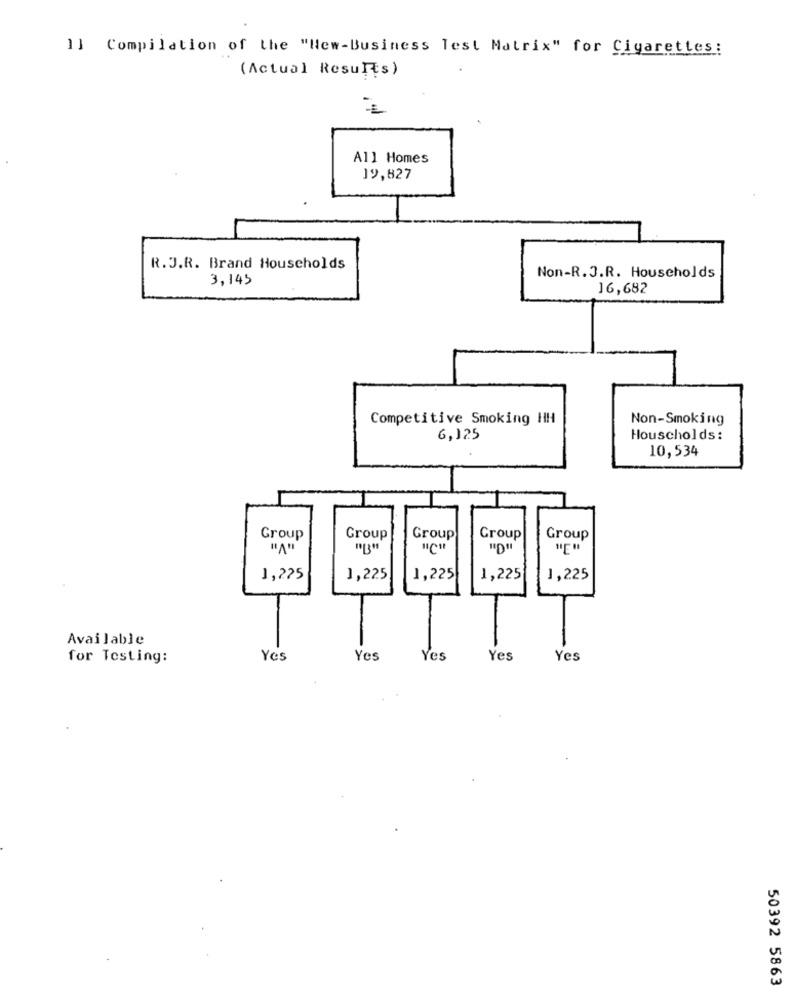
1] Compilation of the "New-Business Test Matrix" for Cigarettes:
(Actual Results)
All Homes
19,827
R.J.R. Brand Households
3,145
Non-R.J.R. Households
16,682
Competitive Smoking HH
Non-Smoking
6,125
Houscholds :
10,534
Group
Group
Group
Group
Group
1,225
1,225
1,225
1,225
1,225
Available
for Testing:
Yes
Yes
Yes
Yes
Yes
50392 5863